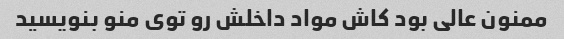
ممنون عالی بود کاش مواد داخلش رو توی منو بنویسید